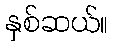
နှစ်ဆယ်။